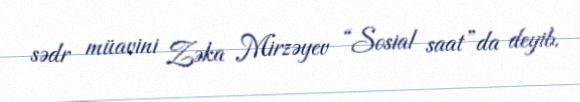
sədr müavini Zəka Mirzəyev “Sosial saat”da deyib.